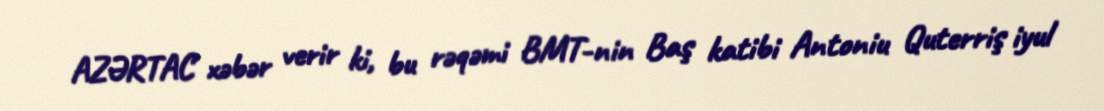
AZƏRTAC xəbər verir ki, bu rəqəmi BMT-nin Baş katibi Antoniu Quterriş iyul